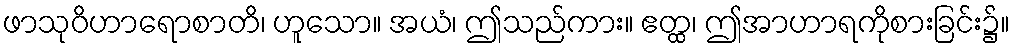
ဖာသုဝိဟာရောစာတိ၊ ဟူသော။ အယံ၊ ဤသည်ကား။ ဧတ္ထ၊ ဤအာဟာရကိုစားခြင်း၌။